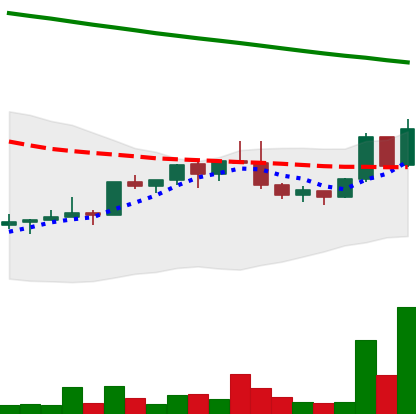
Ticker: NEO-USD
Chart end date: 2022-02-18
Forward return: -25.612%
Label: down_7plus